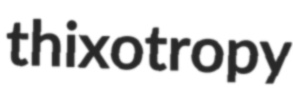
thixotropy